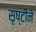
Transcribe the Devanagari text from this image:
सृष्टीने